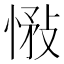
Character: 𢝠